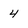
Character: 4